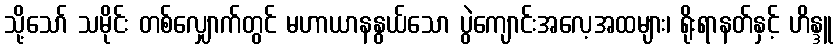
သို့သော် သမိုင်း တစ်လျှောက်တွင် မဟာယာနနွယ်သော ပွဲကျောင်းအလေ့အထများ၊ ရိုးရာနတ်နှင့် ဟိန္ဒူ